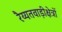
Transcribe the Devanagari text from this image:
रैय्यतवाड़ीक्षेत्रों